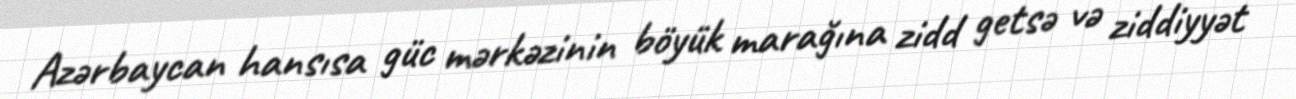
Azərbaycan hansısa güc mərkəzinin böyük marağına zidd getsə və ziddiyyət